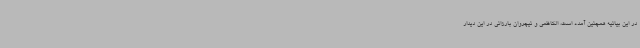
در این بیانیه همچنین آمده است، الکاظمی و نیچروان بارزانی در این دیدار